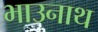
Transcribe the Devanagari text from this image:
भाउनाथ